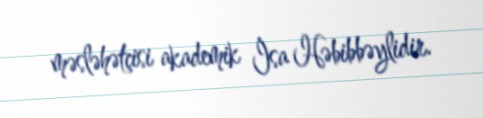
məsləhətçisi akademik İsa Həbibbəylidir.